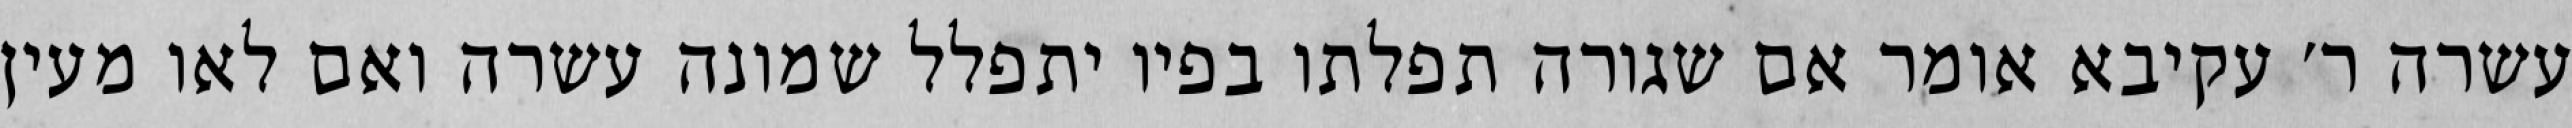
עשרה ר׳ עקיבא אומר אם שגורה תפלתו בפיו יתפלל שמונה עשרה ואם לאו מעין